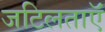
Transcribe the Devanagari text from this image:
जटिलताऍं